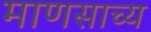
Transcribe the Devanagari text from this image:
माणसाच्य